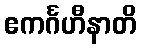
ဧကင်္ဂဟီနာတိ